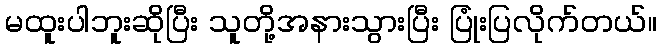
မထူးပါဘူးဆိုပြီး သူတို့အနားသွားပြီး ပြုံးပြလိုက်တယ်။